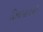
દિશામાનની